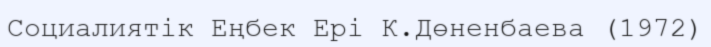
Социалиятік Еңбек Ері К.Дөненбаева (1972)